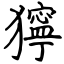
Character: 獰